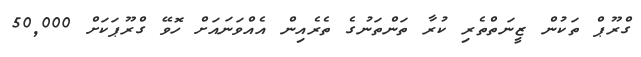
ގްރޫޕް ތަކުން ޒީނަތްތެރި ކުރާ ތަންތަނުގެ ތެރެއިން އެއްވަނައަށް ހޮވޭ ގްރޫޕަކަށް 50